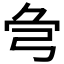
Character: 𢏃